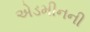
એડમીનની